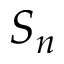
S _ { n }